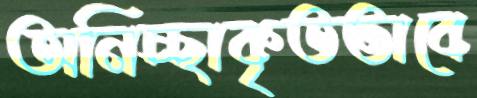
অনিচ্ছাকৃতভাবে